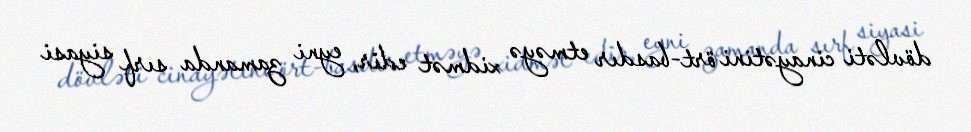
dövləti cinayətini ört-basdır etməyə xidmət edir, eyni zamanda sırf siyasi